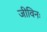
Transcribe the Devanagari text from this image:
जीविनः